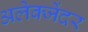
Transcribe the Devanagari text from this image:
अलेक्जेंदर